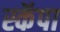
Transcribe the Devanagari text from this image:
स्कॅपा